画像に写った文字を読んでください
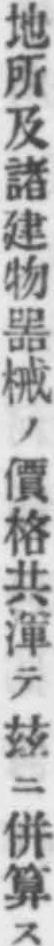
「地所及諸建物噐械ノ價格共渾テ玆ニ併算ス」と書いてあります